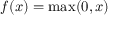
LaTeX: f ( x ) = \operatorname* { m a x } ( 0 , x )